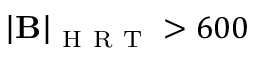
\mathbf { \left| B \right| } _ { \mathrm { ~ H ~ R ~ T ~ } } > 6 0 0